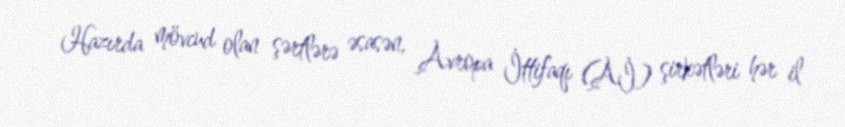
Hazırda mövcud olan şərtlərə əsasən, Avropa İttifaqı (Aİ) şirkətləri hər il